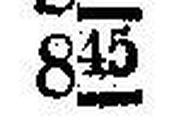
845